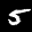
Label: 5